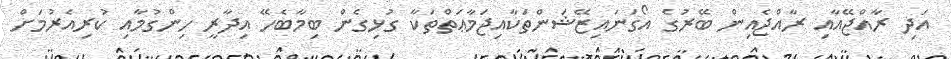
އަދި ރާއްޖޭއާއި ރާއްޖެއިން ބޭރުގެ އޯގަނައިޒޭޝަންތަކާއިޖަމާޢަތްތަކާ ގުޅިގެން ބިމާބެހޭ އިދާރީ ހިންގުމާއި ކުރިއެރުމަށް